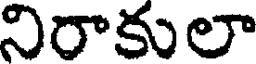
నిరాకులా